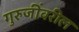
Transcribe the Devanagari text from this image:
गुरुजींवरील